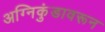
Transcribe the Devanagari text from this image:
अग्निकुंडावरून